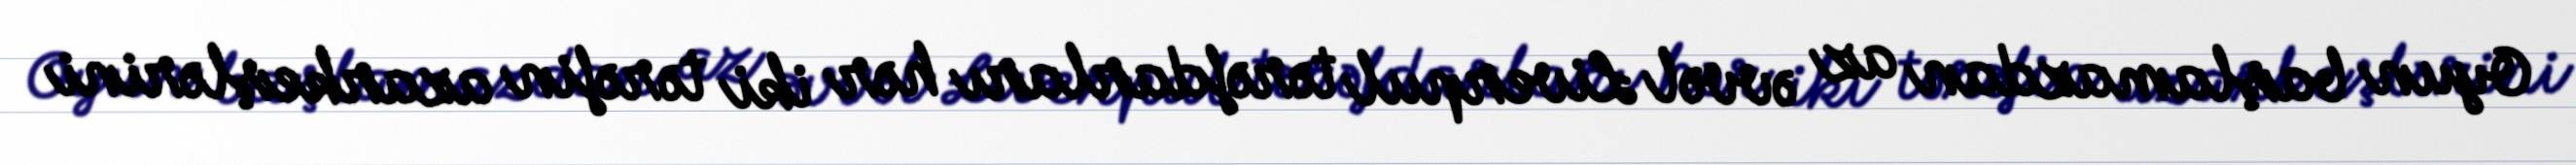
Oyun başlamazdan az əvvəl Liverpul tərəfdarları hər iki tərəfin azarkeşlərini